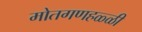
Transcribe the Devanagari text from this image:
मोतगणहळ्ळी